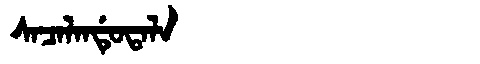
Manchu: ᠰᠠᠴᠠᠯᠠᠨᡩᡠᡨᠠᠯᠠ
Romanization: SACALANDUTALA